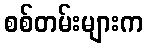
စစ်တမ်းများက